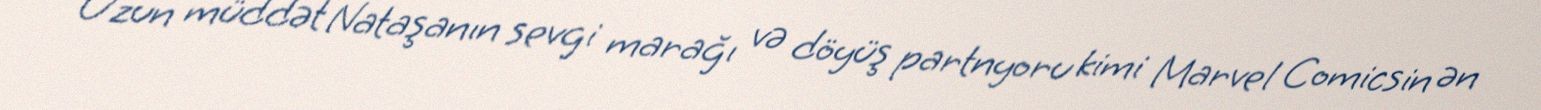
Uzun müddət Nataşanın sevgi marağı və döyüş partnyoru kimi Marvel Comicsin ən